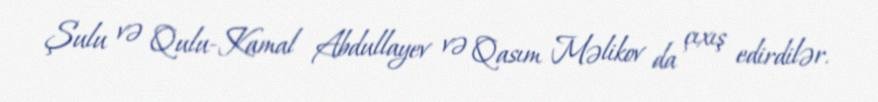
Şulu və Qulu-Kamal Abdullayev və Qasım Məlikov da çıxış edirdilər.